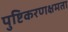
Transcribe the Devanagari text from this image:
पुष्टिकरणक्षमता